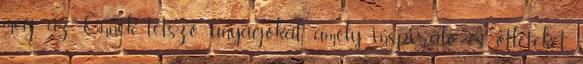
meg az Önnek tetsző anyagokat, amely inspiráló és ötleteket